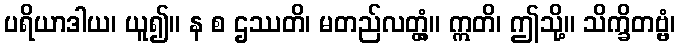
ပရိယာဒါယ၊ ယူ၍။ န စ ဌဿတိ၊ မတည်လတ္တံ့။ ဣတိ၊ ဤသို့။ သိက္ခိတဗ္ဗံ၊